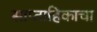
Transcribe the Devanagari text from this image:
साप्‍ताहिकाचा